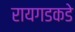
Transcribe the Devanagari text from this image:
रायगडकडे